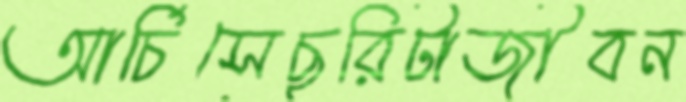
আর্চিসেছুরিটাজীবন